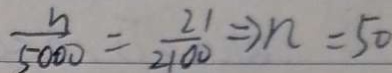
\frac { n } { 5 0 0 0 } = \frac { 2 1 } { 2 1 0 0 } \Rightarrow n = 5 0